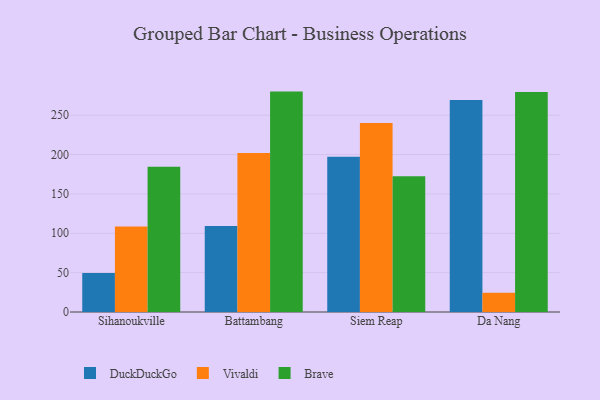
{"axis": {"x": "City", "y": "Market Share (%)"}, "legend": ["Brave", "DuckDuckGo", "Vivaldi"], "data": [{"x": "Sihanoukville", "y": 49.5, "type": "DuckDuckGo"}, {"x": "Sihanoukville", "y": 108.7, "type": "Vivaldi"}, {"x": "Sihanoukville", "y": 184.6, "type": "Brave"}, {"x": "Battambang", "y": 109.2, "type": "DuckDuckGo"}, {"x": "Battambang", "y": 202.1, "type": "Vivaldi"}, {"x": "Battambang", "y": 280.0, "type": "Brave"}, {"x": "Siem Reap", "y": 197.2, "type": "DuckDuckGo"}, {"x": "Siem Reap", "y": 240.2, "type": "Vivaldi"}, {"x": "Siem Reap", "y": 172.5, "type": "Brave"}, {"x": "Da Nang", "y": 269.4, "type": "DuckDuckGo"}, {"x": "Da Nang", "y": 24.4, "type": "Vivaldi"}, {"x": "Da Nang", "y": 279.5, "type": "Brave"}]}